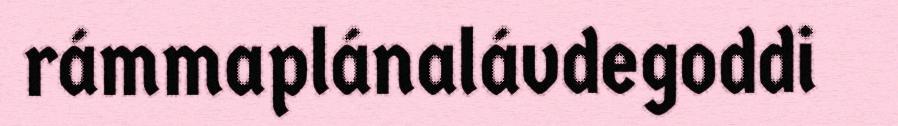
rámmaplánalávdegoddi